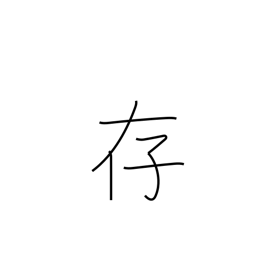
Meaning: be aware of